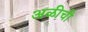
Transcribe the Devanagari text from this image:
अळीची